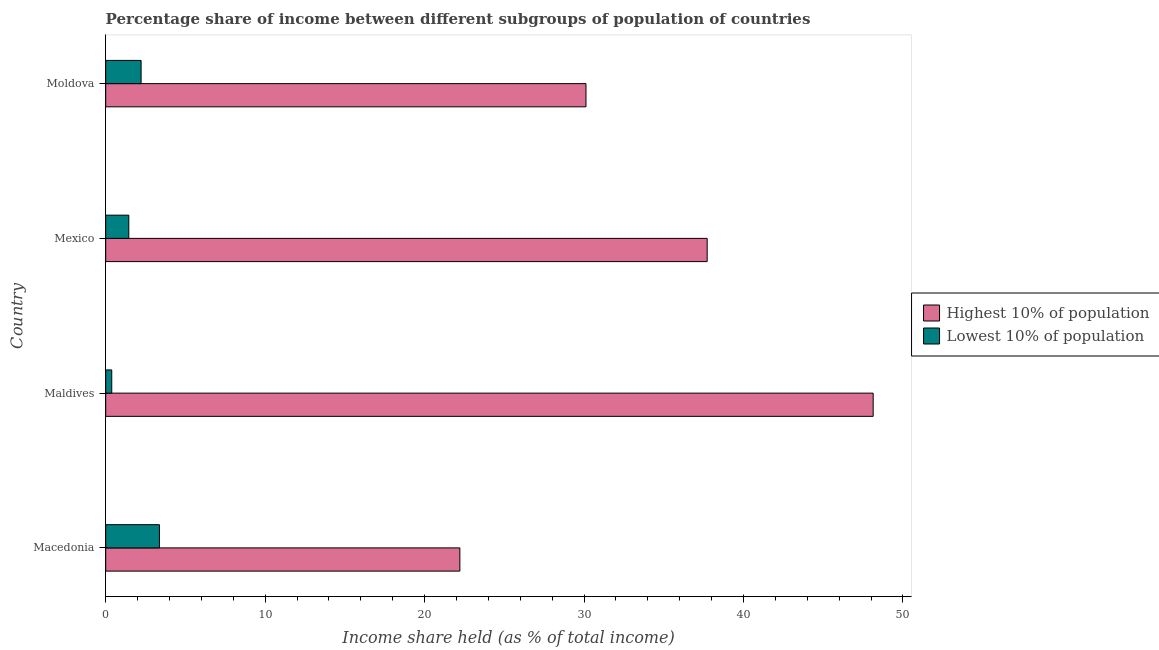
| Country | Highest 10% of population | Lowest 10% of population |
 | --- | --- | --- |
 | Macedonia | 22.2 | 3.37 |
 | Maldives | 48.1 | 0.38 |
 | Mexico | 37.7 | 1.45 |
 | Moldova | 30.1 | 2.22 |